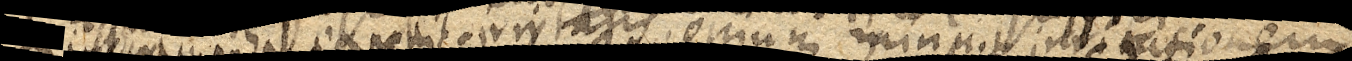
Incoamenta expellit irritans, opium minuit irritationem.